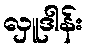
လှူဒါန်း